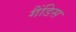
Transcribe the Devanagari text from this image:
गैंडिस